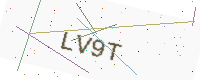
Text: LV9T